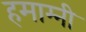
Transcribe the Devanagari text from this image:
हमाम्नी